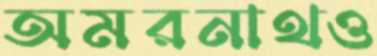
অমরনাথও